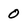
Character: 0